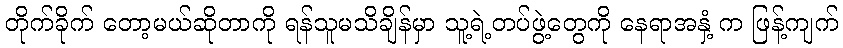
တိုက်ခိုက် တော့မယ်ဆိုတာကို ရန်သူမသိချိန်မှာ သူ့ရဲ့တပ်ဖွဲ့တွေကို နေရာအနှံ့ က ဖြန့်ကျက်